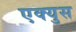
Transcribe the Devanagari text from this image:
एक्युस